Indian journal of veterinary science and animal husbandry - Volumes 15-17, 1948-1951
Year: 1948
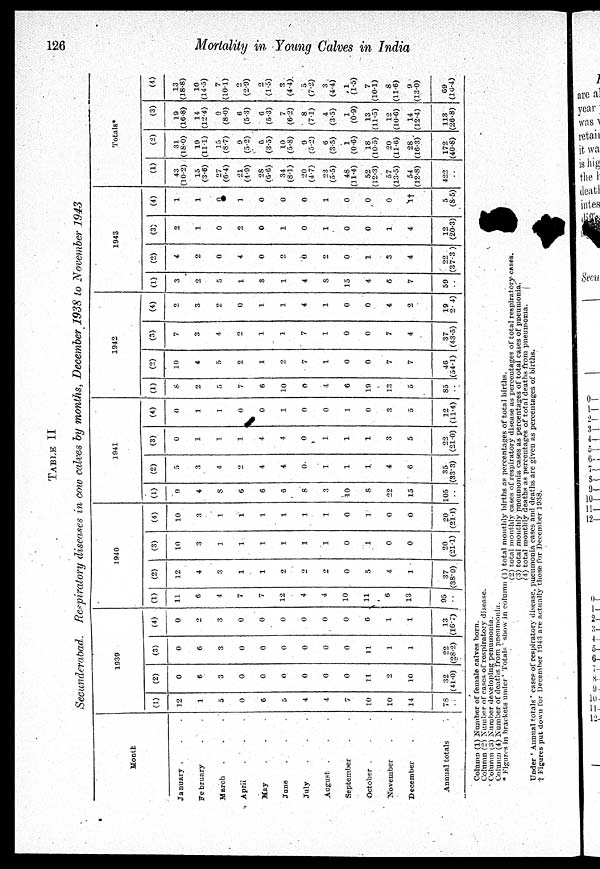
126
Mortality in Young Calves in India
TABLE II
Secunderabad. Respiratory diseases in cow calves by months, December 1938 to November 1943
Month
January . . .
February . . .
March . . .
April
.
.
.
May . . .
Jane . . .
July . . .
August . . .
September . . .
October . . .
November . . .
December . . .
Annual totals .
1939
(1)
12
1
5
0
6
5
4
4
7
10
10
14
78
. .
(2)
0
6
3
0
0
0
0
0
0
11
2
10
32
(41.0)
(3)
0
6
3
0
0
0
0
0
0
11
1
1
22
(28.2)
(4)
0
2
3
0
0
0
0
0
0
6
1
1
13
(16.7)
1940
(1)
11
6
4
7
7
12
4
4
10
11
6
13
95
..
(2)
12
4
3
1
1
2
2
2
0
5
4
1
37
(38.9)
(3)
10
3
1
1
1
1
1
1
0
1
0
0
20
(21.1)
(4)
10
3
1
1
1
1
1
1
0
1
0
0
20
(21.1)
1941
(1)
9
4
8
6
6
6
8
3
10
8
22
15
105
..
(2)
5
3
4
2
4
4
0
1
1
1
4
6
35
(33.3)
(3)
0
1
1
1
4
4
0
1
1
1
3
5
22
(21.0)
(4)
0
1
1
0
1
0
1
0
0
1
0
3
5
12
(11.4)
1942
(1)
8
2
5
7
6
10
0
4
6
19
13
5
85
..
(2)
10
4
5
2
1
2
7
1
0
0
7
7
46
(54.1)
(3)
7
3
4
2
1
1
7
1
0
0
7
4
37
(43.5)
(4)
2
3
2
0
1
1
4
1
0
0
4
2
19
(2.4)
1943
(1)
3
2
5
1
3
1
4
8
15
4
6
7
59
..
(2)
4
2
0
4
0
2
0
2
0
1
3
4
22
(37.3 )
(3)
2
1
0
2
0
1
0
1
0
0
1
4
12
(20.3)
(4)
1
1
a
1
0
0
0
1
0
0
0
1†
5
(8.5)
Totals*
(1)
43
(10.2)
15
(3.6)
27
(6.4)
21
(4.9)
28
(6.6)
34
(8.1)
20
(4.7)
23
(5.5)
48
(11.4)
52
(12.3)
57
(13.5)
54
(12.8)
422
..
(2)
31
(18.0)
19
(11.1)
15
(8.7)
9
(5.2)
6
(3.5)
10
(5.8)
9
(5.2)
6
(3.5)
1
(0.6)
18
(10.5)
20
(11.6)
28
(16.3)
172
(40.8)
(3)
19
(16.8)
14
(12.4)
9
(8.0)
6
(5.3)
6
(5.3)
7
(6.2)
8
(7.1)
4
(3.5)
1
(0.9)
13
(11.5)
12
(10.6)
14
(12.4)
113
(26.8)
(4)
13
(18.8)
10
(14.5)
7
(10.1)
2
(2.9)
2
(1.5)
3
(4.4).
5
(7.2)
3
(4.4)
1
(1.5)
7
(10.1)
8
(11.6)
9
(13.0)
69
(16.4)
Column (1) Number of female calves born.
Column (2) Number of cases of respiratory disease.
Column (3) Number developing penumonia.
Column (4) Number of deaths from pneumonia.
* Figures in brackets under' Totals " show in column (1) total monthly births as percentages of total births.
(2) total monthly cases of respiratory disease as percentages of total respiratory cases.
(3) total monthly pneumonia cases as percentages of total cases of pneumonia.
(4) total monthly deaths as percentages of total deaths from pneumonia.
Under ' Annual totals ' cases of respiratory disease, pneumonia cases and deaths are given as percentages of births.
† Figures put down for December 1943 are actually those for December 1938.